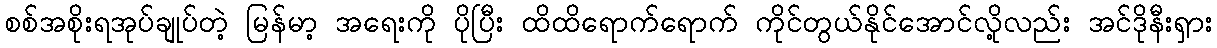
စစ်အစိုးရအုပ်ချုပ်တဲ့ မြန်မာ့ အရေးကို ပိုပြီး ထိထိရောက်ရောက် ကိုင်တွယ်နိုင်အောင်လို့လည်း အင်ဒိုနီးရှား